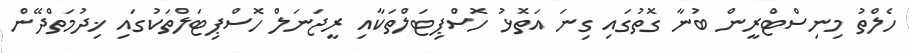
ހެލްތު މިނިސްޓްރީން ބުނާ ގޮތުގައި ގިނަ އަތޮޅު ހޮސްޕިޓަލްތަކާއި ރީޖަނަލް ހޮސްޕިޓަލްތަކުގައި ޚިދުމަތްދޭން